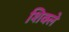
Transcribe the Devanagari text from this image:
शिक्ले